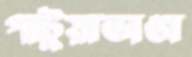
পাটুয়াভাঙা